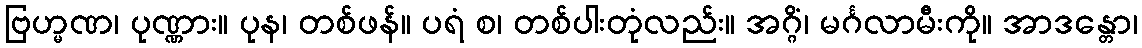
ဗြဟ္မဏ၊ ပုဏ္ဏား။ ပုန၊ တစ်ဖန်။ ပရံ စ၊ တစ်ပါးတုံလည်း။ အဂ္ဂိံ၊ မင်္ဂလာမီးကို။ အာဒန္တော၊